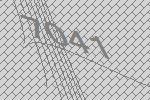
7041